Indian journal of veterinary science and animal husbandry - Volumes 18-21, 1948-1951
Year: 1948
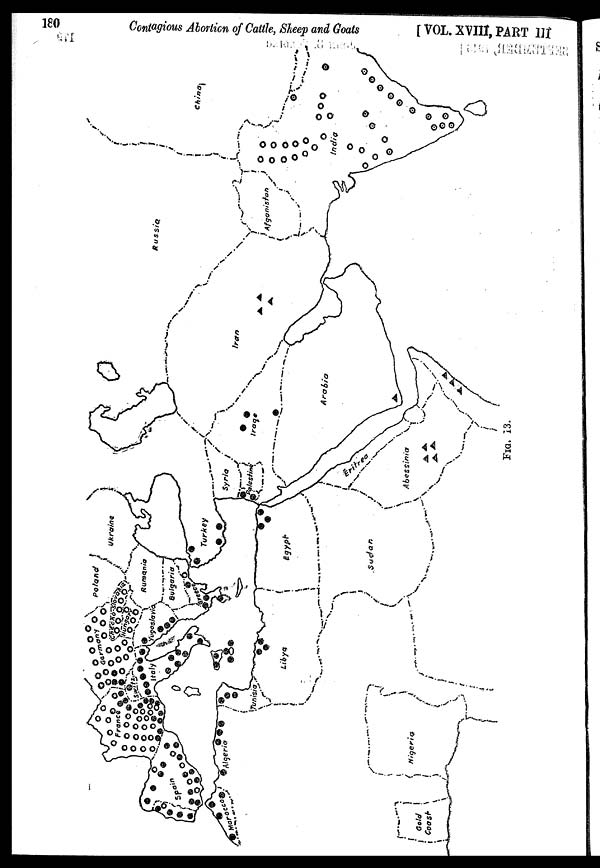
180
Contagious Abortion of Cattle, Sheep and Goats
[VOL. XVIII, PART III
FIG.
13.